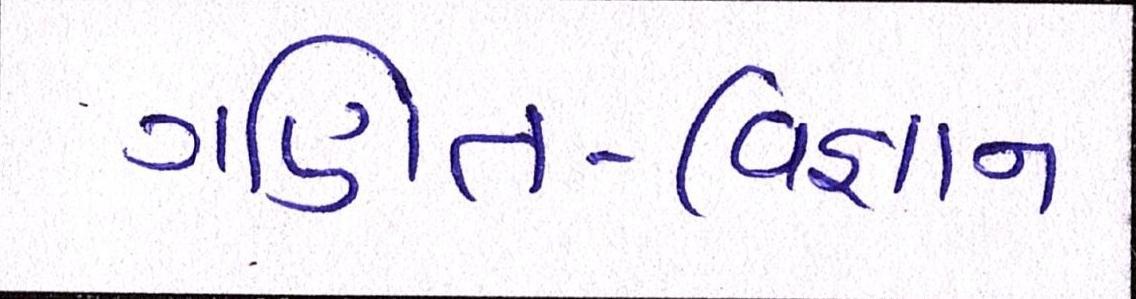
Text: ગણિત-વિજ્ઞાન